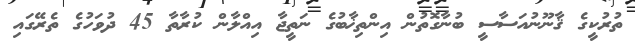
ތުރުކީގެ ޤާނޫނުއަސާސީ ބުނާގޮތުން އިންތިޚާބުގެ ނަތީޖާ އިއްލާން ކުރާތާ 45 ދުވަހުގެ ތެރޭގައި